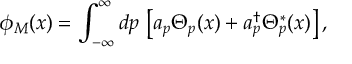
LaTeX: \phi _ { M } ( x ) = \int _ { - \infty } ^ { \infty } d p \, \left[ a _ { p } \Theta _ { p } ( x ) + a _ { p } ^ { \dag } \Theta _ { p } ^ { * } ( x ) \right] ,